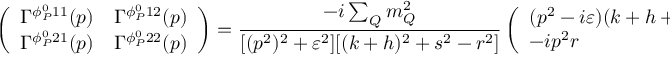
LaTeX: \left( \begin{array} { l l } { { \Gamma ^ { \phi _ { P } ^ { 0 } 1 1 } ( p ) } } & { { \Gamma ^ { \phi _ { P } ^ { 0 } 1 2 } ( p ) } } \\ { { \Gamma ^ { \phi _ { P } ^ { 0 } 2 1 } ( p ) } } & { { \Gamma ^ { \phi _ { P } ^ { 0 } 2 2 } ( p ) } } \end{array} \right) = \frac { - i \sum _ { Q } m _ { Q } ^ { 2 } } { [ ( p ^ { 2 } ) ^ { 2 } + \varepsilon ^ { 2 } ] [ ( k + h ) ^ { 2 } + s ^ { 2 } - r ^ { 2 } ] } \left( \begin{array} { l l } { { ( p ^ { 2 } - i \varepsilon ) ( k + h + i s ) } } & { { - i p ^ { 2 } r } } \\ { { - i p ^ { 2 } r } } & { { - ( p ^ { 2 } + i \varepsilon ) ( k + h - i s ) } } \end{array} \right)